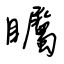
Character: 矚